NAE_ERA_R-2324_Eesti_Vabariigi_Pohiseaduslik_Assamblee, lk 152
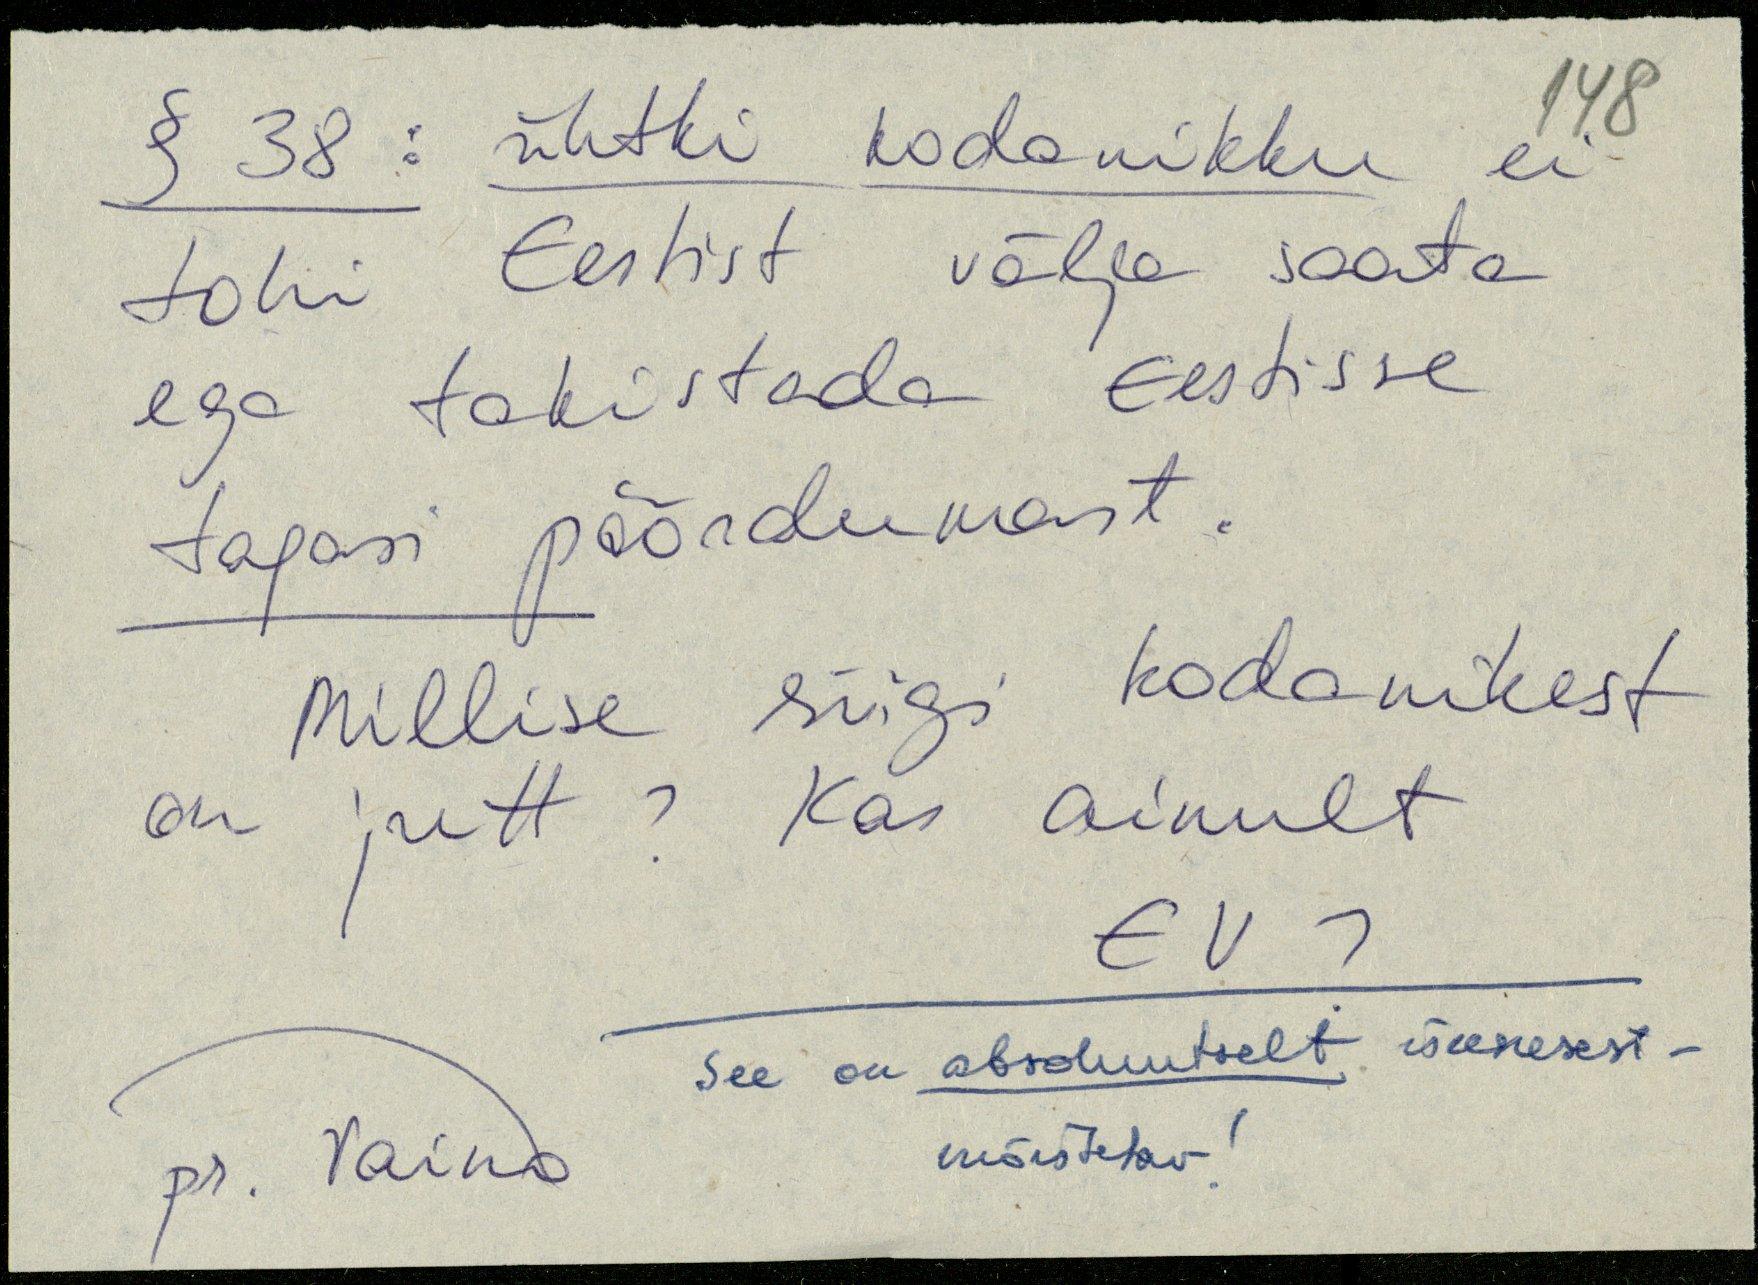
§ 38: ühtki kodanikku ei
tohi Eestist välja saata
ega takistada Eestisse
tagasi pöördumast.
Millise riigi kodanikest
on jutt? Kas ainult
EV ?
See on absoluutselt iseenesest-
mõistetav!
pr. Vaino